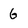
Character: 6